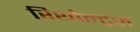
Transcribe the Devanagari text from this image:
रिथोल्ट्ज़